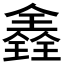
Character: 𠓾